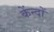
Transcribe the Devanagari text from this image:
केंन्दों